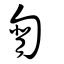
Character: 㔨